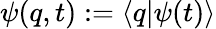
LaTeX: \psi(q,t):=\left<q|\psi(t)\right>